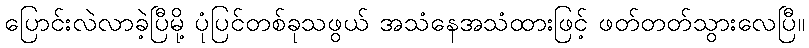
ပြောင်းလဲလာခဲ့ပြီမို့ ပုံပြင်တစ်ခုသဖွယ် အသံနေအသံထားဖြင့် ဖတ်တတ်သွားလေပြီ။